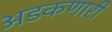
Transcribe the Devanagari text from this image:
अडकणारी